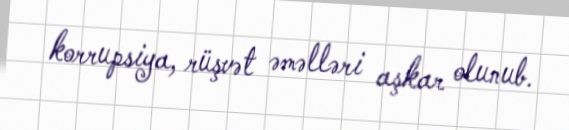
korrupsiya, rüşvət əməlləri aşkar olunub.